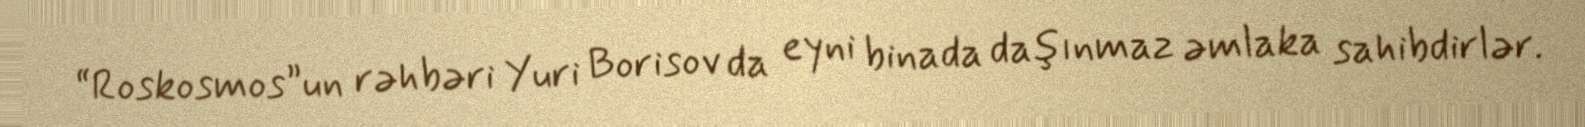
“Roskosmos”un rəhbəri Yuri Borisov da eyni binada daşınmaz əmlaka sahibdirlər.